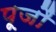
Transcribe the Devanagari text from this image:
पूजौं